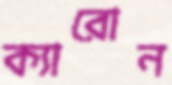
ক্যারোন